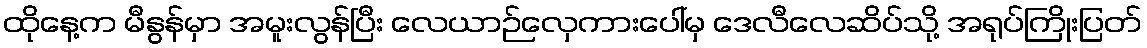
ထိုနေ့က မီနွန်မှာ အမူးလွန်ပြီး လေယာဉ်လှေကားပေါ်မှ ဒေလီလေဆိပ်သို့ အရုပ်ကြိုးပြတ်